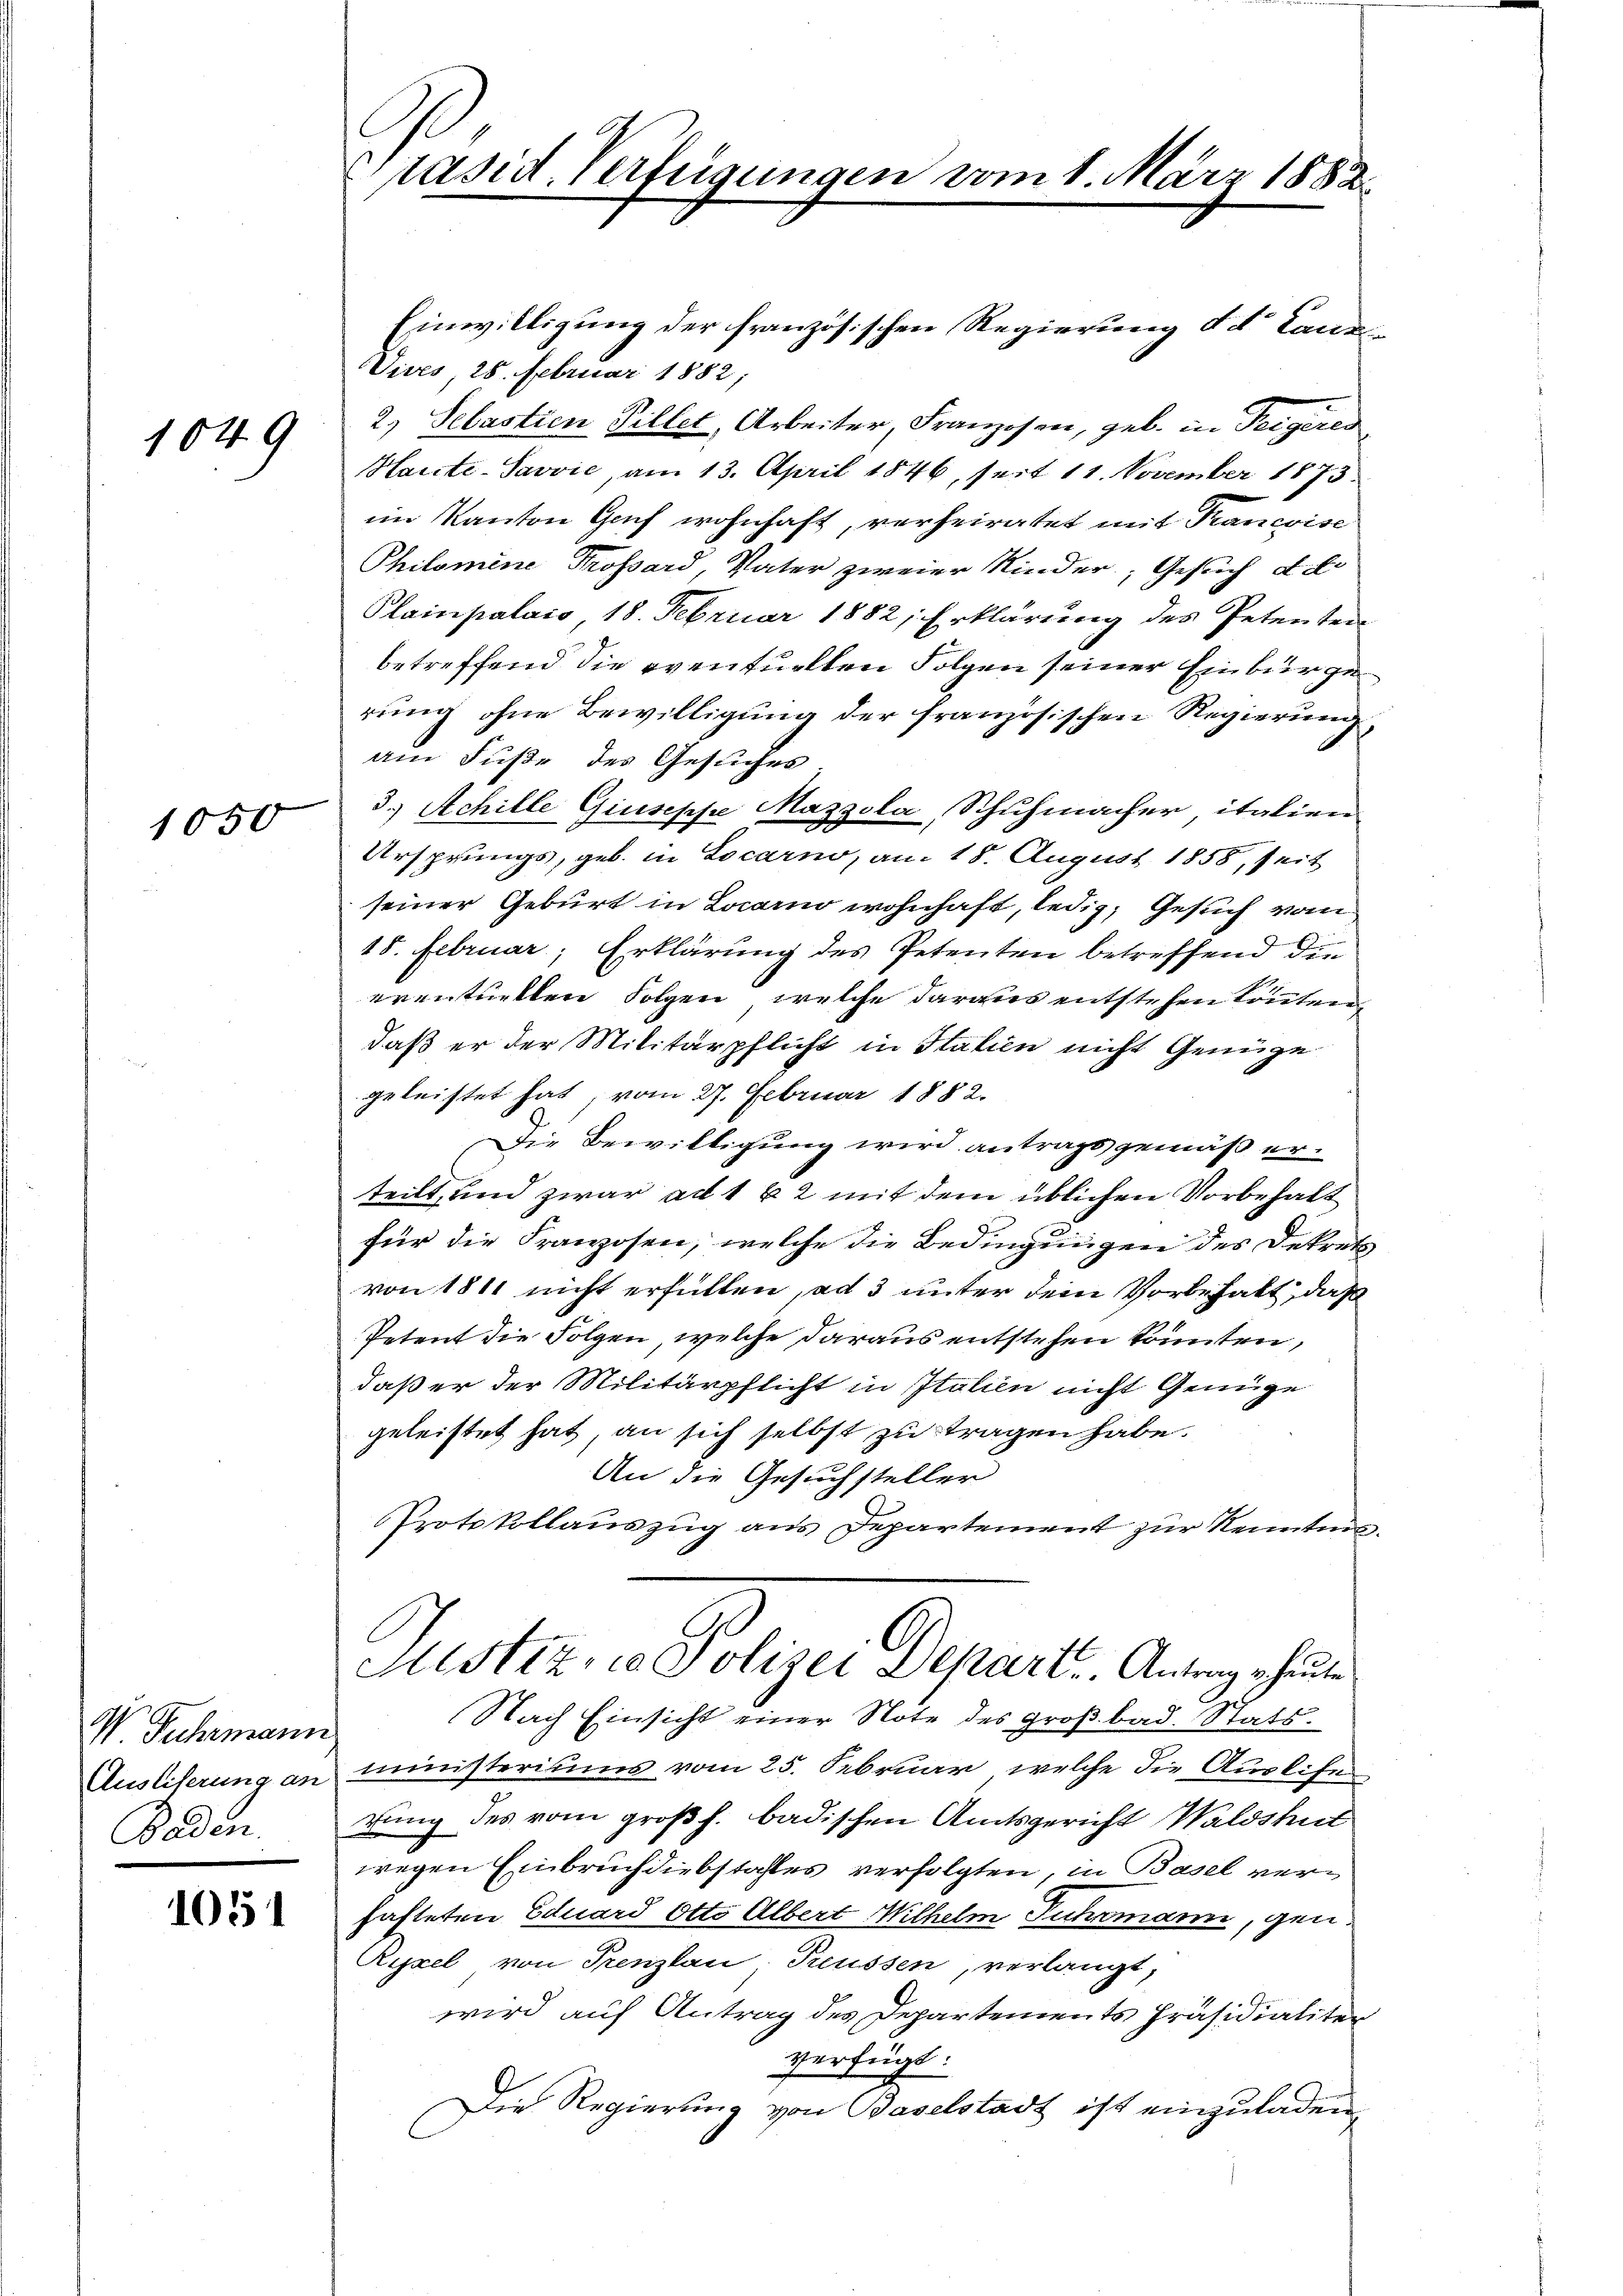
1049

1050

V Fuhrmann
Baden.

105

Präsid. Verfügungen vom 1. März 1882.

Einwilligung der französischen Regierung d. d. Canz
Vives 28. Februar 1882,
2.) Sebastien Pillet, Arbeiter, Franzosen, geb. in Teigeres
Haute-Savvić, am 13. April 1846, seit 11. November 1873
im Kanton Genf wohnhaft, verheiratet mit Pancoise
Philomine Trossard, Vater zweier Kinder, Gesuch de
Plainpalais, 18. Februar 1882, Erklärung des Petenten
betreffend die eventuellen Folgen seiner Einbürge
rung ohne Bewilligung der französischen Regierung
am Fuße des Gesuches
3.) Achille Giuseppe Mazzola, Schuhmacher, italien
Ursprungs, geb. in Locarno, am 18. August 1858, seit
seiner Geburt in Locarno wohnhaft, ledig, Gesuch vom
15. Februar, Erklärung des Petenten betreffend die
eventuellen Folgen, welche daraus entstehen könnten,
daß er der Militärpflicht in Italien nicht Genüge
geleistet hat, vom 27. Februar 1882.
Die Bewilligung wird antrags gemäß erteilt, und zwar ad 1 x 2 mit dem üblichen Vorbehalt
für die Franzosen, welche die Bedingungen des Dekrets
von 1811 nicht erfüllen, ad 3 unter dem Vorbehalt, daß
Petent die Folgen, welche daraus entstehen könnten,
daß er der Militärpflicht in Italien nicht Genüge
geleistet hat, an sich selbst zu tragen habe.
An die Gesuchsteller
Protokollauszug aus Departement zur Kenntni
Mistiz, in Polizei Depart. Antrage heute
Nach Einsicht einer Note des Großbad. Stats.
Ausliferung an ministeriums vom 25. Februar, welche die Auslise
zung des vom großh. badischen Amtsgericht Waldshut
wegen Einbruch diebstahles verfolgten, in Basel verhafteten Eduard Otto Albert Wilhelm Fuhrmann, gen¬
Rippel von Trenzlau, Treussen, verlangt,
wird auf Antrag des Departements Präsidialiter
verfügt:
Die Regierung von Baselstadt ist einzuladen,